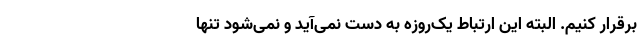
برقرار کنیم. البته این ارتباط یک‌روزه به دست نمی‌آید و نمی‌شود تنها